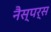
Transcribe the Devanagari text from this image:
नैस्पर्स